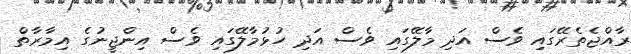
ރާއްޖެތެރޭގައި ވެސް އަދި މާލޭގައި ވެސް އަދި ހުޅުމާލޭގައި ވެސް އިންޖީނުގެ އިމާރާތް